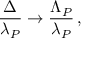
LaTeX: { \frac { \Delta } { \lambda _ { P } } } \rightarrow { \frac { \Lambda _ { P } } { \lambda _ { P } } } \, ,